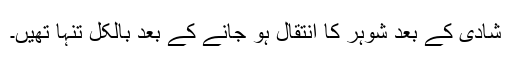
شادی کے بعد شوہر کا انتقال ہو جانے کے بعد بالکل تنہا تھیں۔